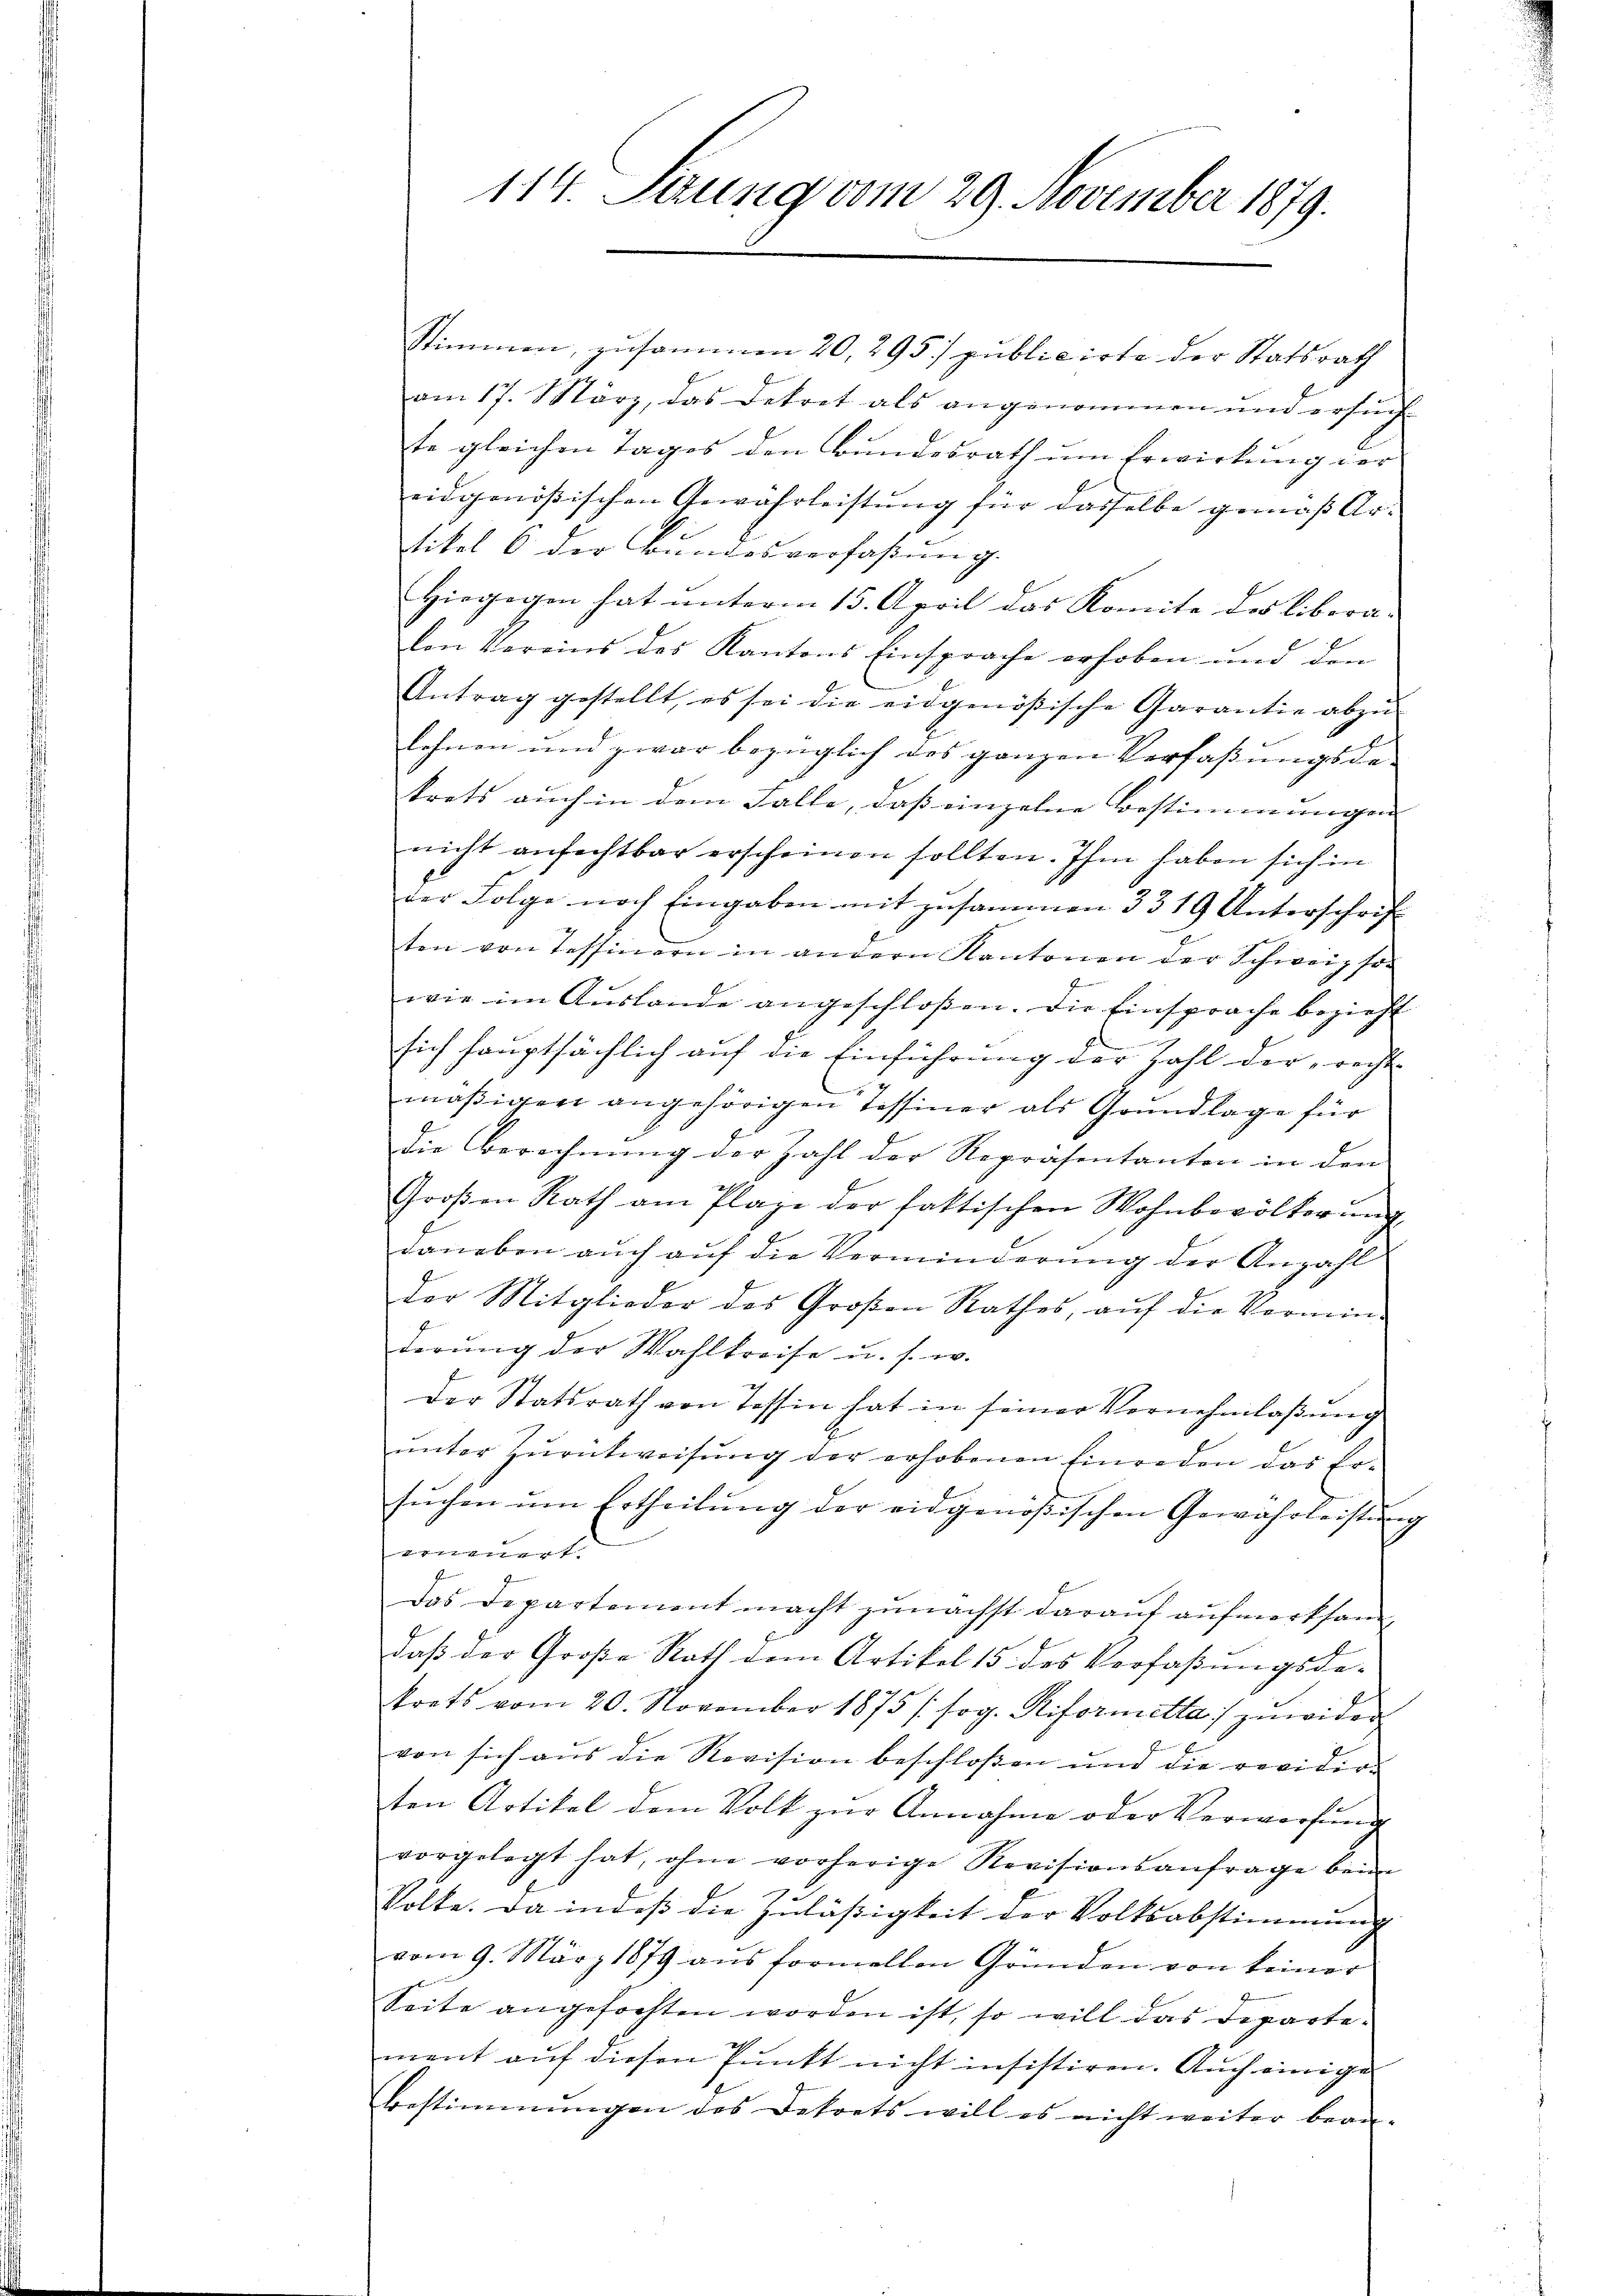
Stimmen, zusammen 20, 295 publicirte der Statsrath
am 17. März, das Dekret als angenommen und ersuch
te gleichen Tages den Bundesrath um Erwirkung der
eidgenößischen Gewährleistung für dasselbe gemäß Artikel 6 der Bundesverfassŭng.
Hiegegen hat unterm 15. April das Komite des liberavon Vereins des Kantons Einsprache erhoben und den
Antrag gestellt, es sei die eidgenößische Garantie abzŭ-
lehnen und zwar bezüglich des ganzen Verfaßungsde-
krets auch in dem Falle, dass einzelne Bestimmungen |
nicht anfechtbar erscheinen sollten. Ihm haben sich in
der Folge noch Eingaben mit zusammen 3319 Unterschrift
ten von Tessinern in andern Kantonen der Schweiz son
wie im Auslande angeschloßen. Die Einsprache bezieht
sich hauptsächlich auf die Einführung der Zahl der „recht
mäβigen angehörigen Tessiner als Grŭndlage für
Die Berechnung der Zahl der Repräsentanten in den
Groβen Rath am Plaze der faktischen Wohnbevölkerŭng
daneben auch auf die Verminderung der Anzahl
Der Mitglieder des Großen Rathes, aŭf die Vermin-
derŭng der Wahlkreise u. s. w.
Der Statsrath von Tessin hat in seiner Vernehmlaβŭng
ŭnter Zŭrntweisŭng der erhobenen Einreden das Er-
sŭchen ŭm Ertheilŭng der eidgenößischen Gewährleistŭng
erneuert.
Das Departement macht zunächst darauf aufmerksamdaβ der Große Rath dem Artikel 15 des Verfaßungsde-
trats vom 20. November 1875 (sog. Riformetta zuwider
von sich aus die Revision beschloßen und die revidire
ten Artikel dem Volk zur Annahme oder Verwerfung
vorgelegt hat, ohne vorherige Revisionsanfrage beim
Volke. Da indeß die Zuläßigkeit der Volksabstimmung
vom 9. März 1879 aŭs formellen Gründen von keiner
Seite angefochten worden ist, so will das Departement auf diesen Punkt nicht insistiren. Auch einige
Bestimmungen des Dekrets will es nicht weiter bean-

114. Seung vom 29. November 1879.